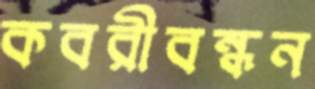
কবরীবন্ধন